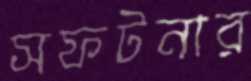
সফটনার